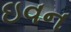
ઇવન